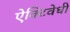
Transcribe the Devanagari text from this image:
ऐक्टिवेधी